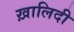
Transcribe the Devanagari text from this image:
ख़ालिदी